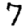
Digit: 7